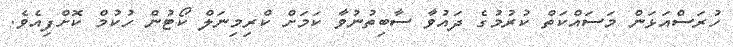
ހުރަސްއަޅަން މަސައްކަތް ކުރުމުގެ ދައުވާ ސާބިތުނުވާ ކަމަށް ކްރިމިނަލް ކޯޓުން ހުކުމް ކޮށްފިއެވެ.